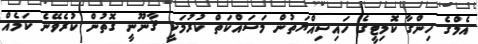
އެމްގެ ހިންގާ ކޮމިޓީގެ ހައިސިއްޔަތުން މަސައްކަތް ކުރުމަކީ ޤާނޫނީ ގޮތުން ކުރެވޭނެ ކަމެއް